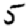
Digit: 5